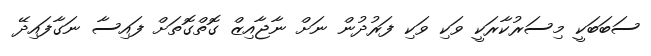
ސަބަބަކީ މިސަރުކާރަކީ ވަކި ވަކި ފަރުދުން ނަށް ނާޖާއިޒް ގޮތްގޮތަށް ފައިސާ ނަގާފައިދޭ